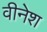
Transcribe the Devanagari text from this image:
वीनेश